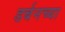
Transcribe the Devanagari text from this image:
डर्बनच्या